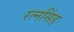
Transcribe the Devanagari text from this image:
रत्‍नसिंह